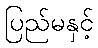
ပြည်မနှင့်